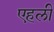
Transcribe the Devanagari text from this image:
एहली